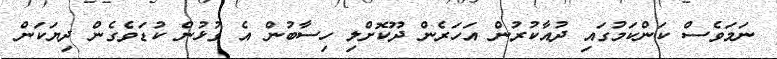
ނަމަވެސް ކަންކަމުގައި ދުއާކުރުން އަހަރެން ދޫކޮށްލި ހިސާބުން އެ ގުޅުން ކުޑަވެގެން ދިޔަކަން